Annual report on the lock hospitals of the Madras Presidency
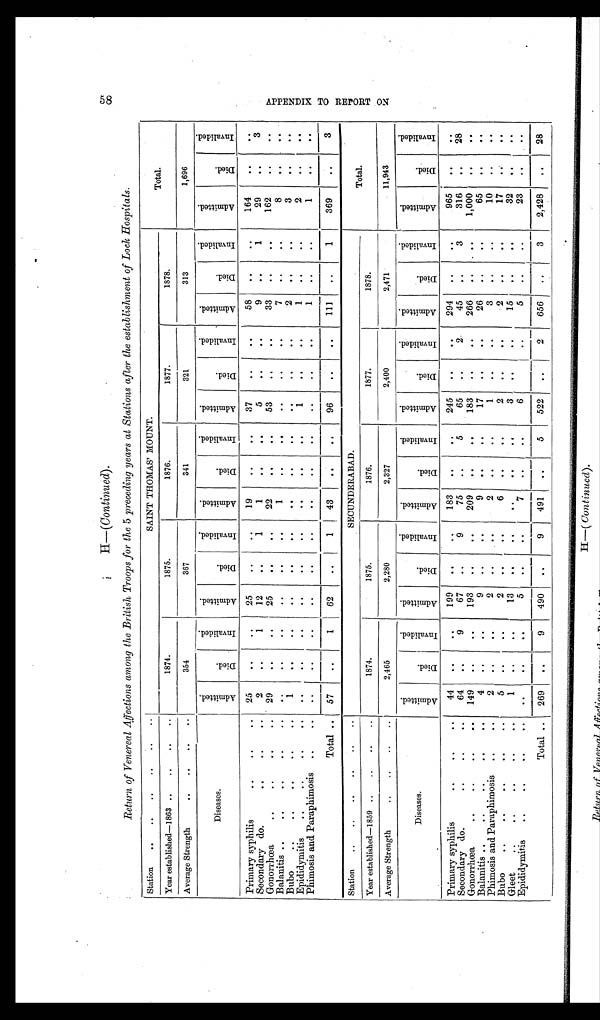
58
H —(Continued).
Return of Venereal Affections among the British Troops for the 5 preceding years at Stations after the establishment of Lock Hospitals.
Station ..
..
..
..
..
..
SAINT THOMAS' MOUNT.
Total.
Year established—1863 ..
..
..
..
1874.
1875.
1876.
1877.
1878.
Average Strength
..
.. ..
..
354
367
341
321
313
1,696
Diseases.
A d m i t t e d .
D i e d .
I n v a l i d e d .
A d m i t t e d .
D i e d .
I n v a l i d e d .
A m i t t e d .
D i e d .
I n v a l i d e d .
A m i t t e d .
D i e d .
I n v a l i d e d .
A m i t t e d .
D i e d .
I n v a l i d e d .
A m i t t e d .
D i e d .
I n v a l i d e d .
Primary syphilis
..
..
.. 25
. .
..
25
..
..
19
. .
. .
37
. .
. .
58
..
..
164
. .
. .
Secondary do.
..
..
..
2
..
1
12
. .
1
1
. .
. .
5
. .
. .
9
. .
1
29
. . 3
Gonorrhœa
..
..
..
.. 29
. .
..
25
. .
. .
22
. .
. .
53
. .
. .
33 ..
. .
162
. .
. .
Balanitis ..
..
..
..
..
. .
..
..
. .
. .
1
..
..
..
. .
7
..
..
8
. .
. .
Bubo
..
..
..
.. ..
1
.. .. .. .. .. .. .. .. .. .. ..
2 ..
..
3
.. ..
Epididymitis
..
..
..
.. .. .. .. ..
..
..
..
..
1
.. ..
1
..
2
.. ..
Phimosis and Paraphimosis ..
.. ..
.. .. ..
..
.. .. .. ..
..
..
..
1
.. ..
1
..
..
Total .. 57
..
1 62
..
1
43
. .
..
96
.. ..
111
..
1
369
..
3
Station ..
..
..
..
.. ..
SECUNDERABAD.
Total.
Year established—1859 ..
..
..
..
1874.
1875.
1876.
1877.
1878.
Average Strength
..
..
.. ..
2,465
2,280
2,327
2,400
2,471
11,943
Diseases.
A m i t t e d .
D i e d .
I n v a l i d e d .
A m i t t e d .
D i e d .
I n v a l i d e d .
A m i t t e d .
D i e d .
I n v a l i d e d .
A m i t t e d .
D i e d .
I n v a l i d e d .
A m i t t e d . Died.
I n v a l i d e d .
A m i t t e d .
D i e d .
I n v a l i d e d .
Primary syphilis
..
..
..
44
.. ..
199
. .
..
183
.. ..
245
.. ..
294
.. ..
965
..
..
Secondary do.
..
..
..
64
..
9
67 ..
9
75
..
5
65
..
2
45
. .
3
316 ..
28
Gonorrhoea
..
..
..
.. 149
..
..
193
..
..
209
.. ..
183
.. ..
266
.. ..
1,000
..
. .
Balanitis ..
..
..
.. ..
4 ..
..
9
..
..
9
.. ..
17
.. ..
26 ..
..
65
. . ..
Phimosis and Paraphimosis ..
..
2 ..
..
2
. .
..
2
.. ..
1
..
..
3
.. ..
10
.. ..
Bubo
..
..
..
. .
5
..
..
2
..
..
6
.. ..
2
..
..
2
.. ..
17
. .
Gleet
..
..
..
1
. .
13
. .
. .
..
. .
..
3
. . ..
15
..
. .
32
. .
. .
Epididymitis
..
..
..
.. ..
..
..
5
. . ..
7
. .
. .
6
..
..
5
. .
. .
23
. . ..
Total .. 269 ..
9
490
. .
9
491
. .
5
522
. .
2
656
..
3
2,428
. . 28
A P P E N D I X T O R E P O R T O N .